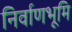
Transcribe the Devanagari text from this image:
निर्वाणभूमि